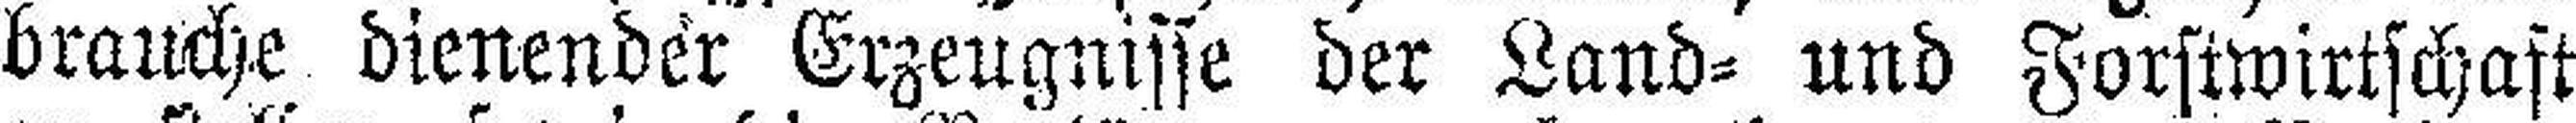
brauche dienender Erzeugnisse der Land= und Forstwirtschaft